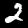
Digit: 2